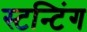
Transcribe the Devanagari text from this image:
स्टन्टिंग